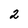
Character: 2